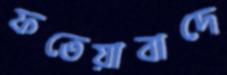
ফতেয়াবাদে